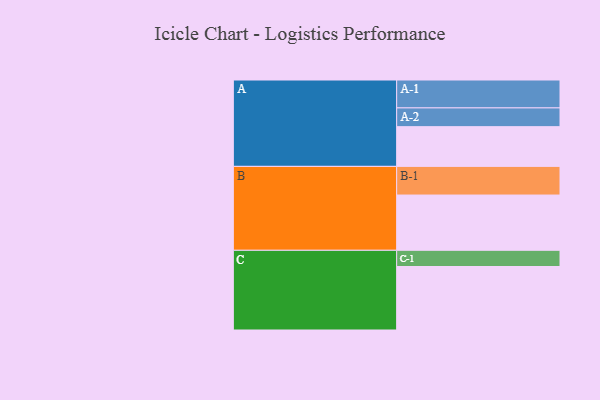
{"axis": {"x": "Segment", "y": "Value"}, "legend": ["", "A", "B", "C"], "data": [{"x": "A", "y": 309, "type": ""}, {"x": "B", "y": 430, "type": ""}, {"x": "C", "y": 494, "type": ""}, {"x": "A-1", "y": 217, "type": "A"}, {"x": "A-2", "y": 146, "type": "A"}, {"x": "B-1", "y": 223, "type": "B"}, {"x": "C-1", "y": 126, "type": "C"}]}